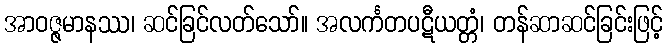
အာဝဇ္ဇမာနဿ၊ ဆင်ခြင်လတ်သော်။ အလင်္ကတပဋီယတ္တံ၊ တန်ဆာဆင်ခြင်းဖြင့်